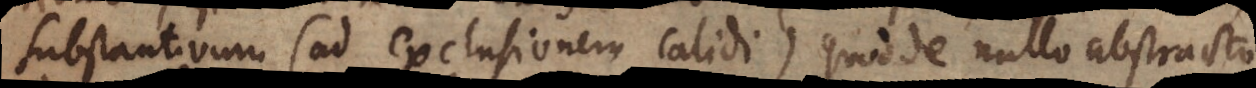
substantivum (ad exclusionem calidi) quod de nullo abstracto